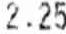
2.25